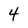
Character: 4